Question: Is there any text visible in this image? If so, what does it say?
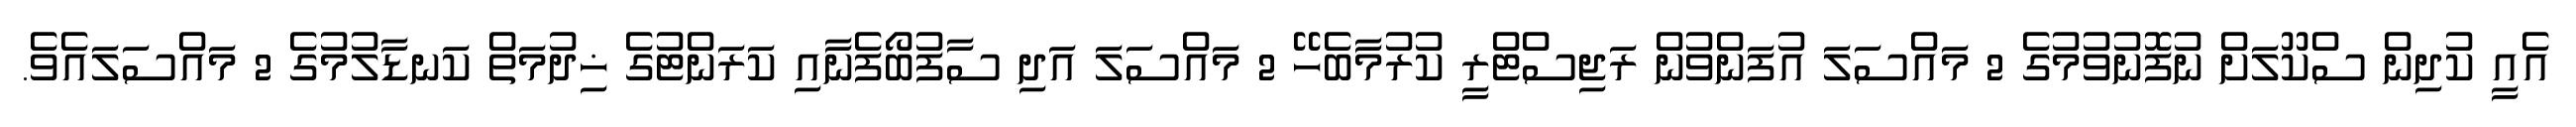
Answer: އެއީ ކުދިން ސްކޫލަށް ނުފޮނުވުމުގެ 2 މައްސަލަ އުފަންވުން ރަޖިސްޓްރީ ކުރުމާބެހޭ 2 މައްސަލަ އަދި ސާފުބޯފެނާއި ކަރަންޓުގެ ޚިދުމަތް ކަނޑާލުމުގެ 2 މައްސަލައެވެ.